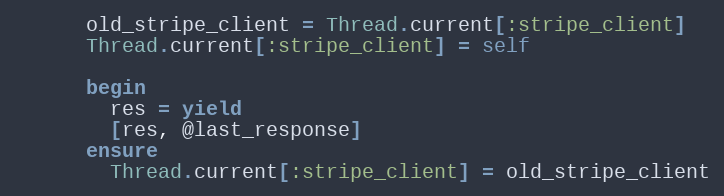
Language: Ruby
      old_stripe_client = Thread.current[:stripe_client]
      Thread.current[:stripe_client] = self

      begin
        res = yield
        [res, @last_response]
      ensure
        Thread.current[:stripe_client] = old_stripe_client